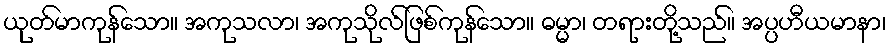
ယုတ်မာကုန်သော။ အကုသလာ၊ အကုသိုလ်ဖြစ်ကုန်သော။ ဓမ္မာ၊ တရားတို့သည်။ အပ္ပဟီယမာနာ၊